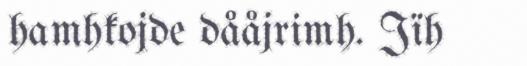
hamhkojde dååjrimh. Jïh